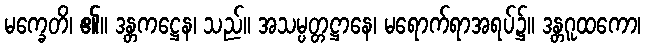
မက္ခေတိ၊ ၏။ ဒန္တကဋ္ဌေန၊ သည်။ အသမ္ပတ္တဋ္ဌာနေ၊ မရောက်ရာအရပ်၌။ ဒန္တဂူထကော၊